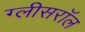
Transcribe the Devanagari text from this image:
ग्लीसरॉल